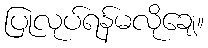
ပြုလုပ်ရန်မလိုချေ။